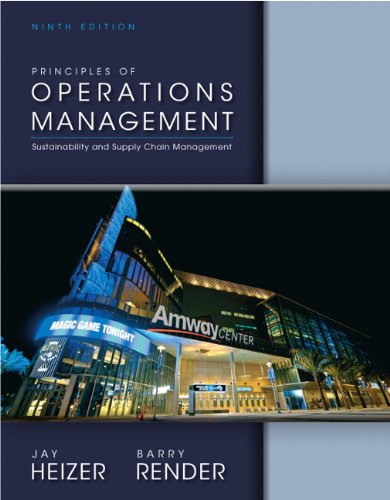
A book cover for Principles of Operations Management (9th Edition); Jay Heizer; Engineering & Transportation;